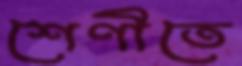
শেণীতে